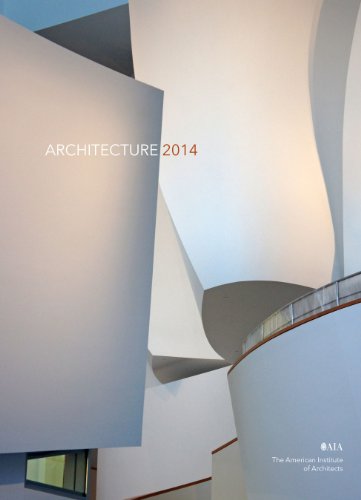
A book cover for Architecture: 2014 Engagement Calendar (Architectu; The American Institute of Architects St. Louis Chapter; Calendars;